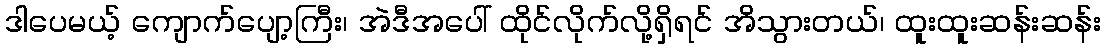
ဒါပေမယ့် ကျောက်ပျော့ကြီး၊ အဲဒီအပေါ် ထိုင်လိုက်လို့ရှိရင် အိသွားတယ်၊ ထူးထူးဆန်းဆန်း